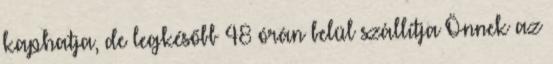
kaphatja, de legkésőbb 48 órán belül szállítja Önnek az